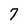
Character: 7